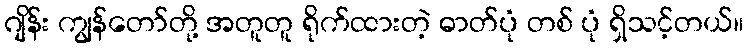
ဂျိန်း ကျွန်တော်တို့ အတူတူ ရိုက်ထားတဲ့ ဓာတ်ပုံ တစ် ပုံ ရှိသင့်တယ်။